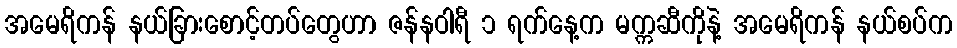
အမေရိကန် နယ်ခြားစောင့်တပ်တွေဟာ ဇန်နဝါရီ ၁ ရက်နေ့က မက္ကဆီကိုနဲ့ အမေရိကန် နယ်စပ်က